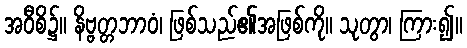
အဝီစိ၌။ နိဗ္ဗတ္တဘာဝံ၊ ဖြစ်သည်၏အဖြစ်ကို။ သုတွာ၊ ကြား၍။